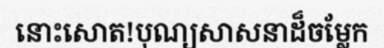
នោះសោត!បុណ្យសាសនាដ៏ចម្លែក